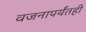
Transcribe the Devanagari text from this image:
वजनापर्यंतही